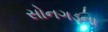
સોનગડના